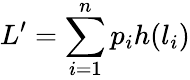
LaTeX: L^{\prime}=\sum_{i=1}^{n}p_{i}h(l_{i})